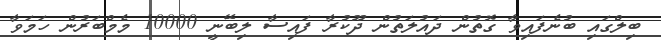
ބިލްގައި ބުނެފައިވާ ގޮތުން ދައުލަތުން ދޫކުރާ ފައިސާ ލިބޭނީ 10000 މެމްބަރުން ހަމަވާ